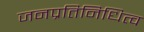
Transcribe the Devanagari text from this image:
जनप्रतिनिधित्व